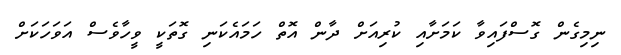
ނިމިގެން ގޮސްފައިވާ ކަމަށާއި ކުރިއަށް ދާން އޮތް ހަމައެކަނި ގޮތަކީ ވީހާވެސް އަވަހަކަށް